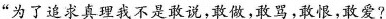
”为了追求真理我不是敢说，敢做，敢骂，敢恨，敢爱?